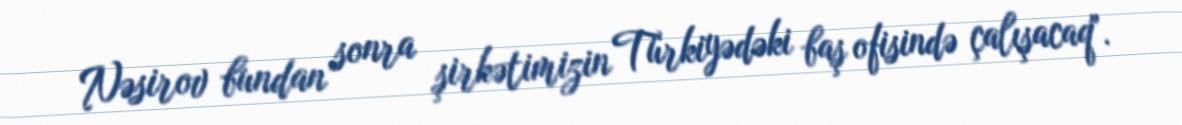
Nəsirov bundan sonra şirkətimizin Türkiyədəki baş ofisində çalışacaq".